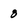
Character: 8